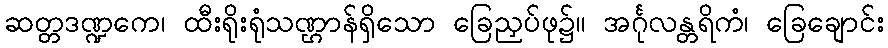
ဆတ္တဒဏ္ဍကေ၊ ထီးရိုးရုံသဏ္ဌာန်ရှိသော ခြေညှပ်ဖု၌။ အင်္ဂုလန္တရိကံ၊ ခြေချောင်း